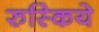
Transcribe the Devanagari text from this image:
रुस्किये